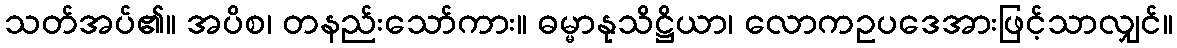
သတ်အပ်၏။ အပိစ၊ တနည်းသော်ကား။ ဓမ္မာနုသိဋ္ဌိယာ၊ လောကဥပဒေအားဖြင့်သာလျှင်။